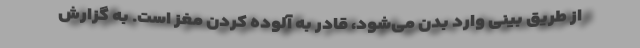
از طریق بینی وارد بدن می‌شود، قادر به آلوده کردن مغز است. به گزارش